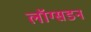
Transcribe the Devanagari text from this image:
लॉग्सडन